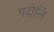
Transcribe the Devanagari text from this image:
पदोन्ति